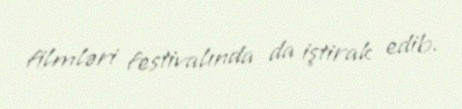
filmləri festivalında da iştirak edib.